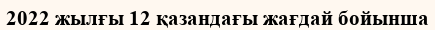
2022 жылғы 12 қазандағы жағдай бойынша